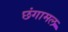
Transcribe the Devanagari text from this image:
छंगामल